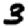
Digit: 3